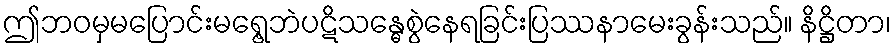
ဤဘဝမှမပြောင်းမရွေ့ဘဲပဋိသန္ဓေစွဲနေရခြင်းပြဿနာမေးခွန်းသည်။ နိဋ္ဌိတာ၊